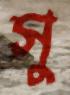
সু